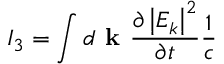
I _ { 3 } = \int d \textbf { k } \frac { \partial \left| E _ { k } \right| ^ { 2 } } { \partial t } \frac { 1 } { c }